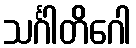
သင်္ဂါတိဂေါ